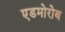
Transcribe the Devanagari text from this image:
एडमोरोब